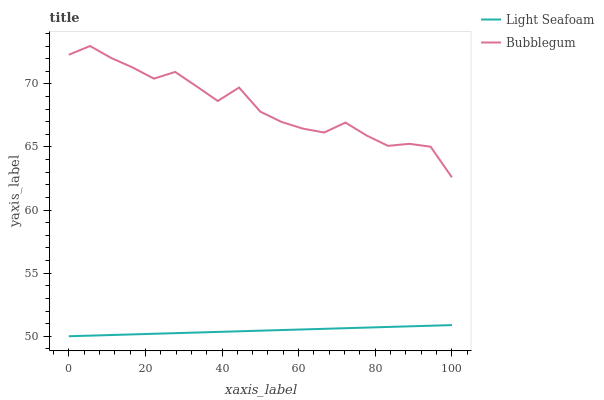
| xaxis_label | Light Seafoam | Bubblegum |
 | --- | --- | --- |
 | 0 | 50 | 72.3 |
 | 5.56 | 50 | 73 |
 | 11.1 | 50.1 | 72 |
 | 16.7 | 50.1 | 71.3 |
 | 22.2 | 50.2 | 70.4 |
 | 27.8 | 50.2 | 70.9 |
 | 33.3 | 50.3 | 69.8 |
 | 38.9 | 50.3 | 68.6 |
 | 44.4 | 50.4 | 69.7 |
 | 50 | 50.4 | 67.8 |
 | 55.6 | 50.5 | 67 |
 | 61.1 | 50.5 | 66.5 |
 | 66.7 | 50.6 | 66.1 |
 | 72.2 | 50.6 | 66.9 |
 | 77.8 | 50.7 | 65.9 |
 | 83.3 | 50.7 | 65.1 |
 | 88.9 | 50.8 | 65.3 |
 | 94.4 | 50.8 | 65 |
 | 100 | 50.9 | 62.6 |